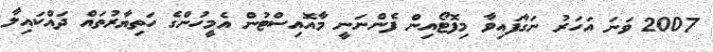
2007 ވަނަ އަހަރު ނަގާފައިވާ މިފޮޓޯއިން ފެންނަނީ މާއޮއިސްޓުން އެމީހުންގެ ހަތިޔާރުތައް ދައްކައިލާ